King Institute of Preventive Medicine Micro-Biological Section reports 1909-11
Year: 1909
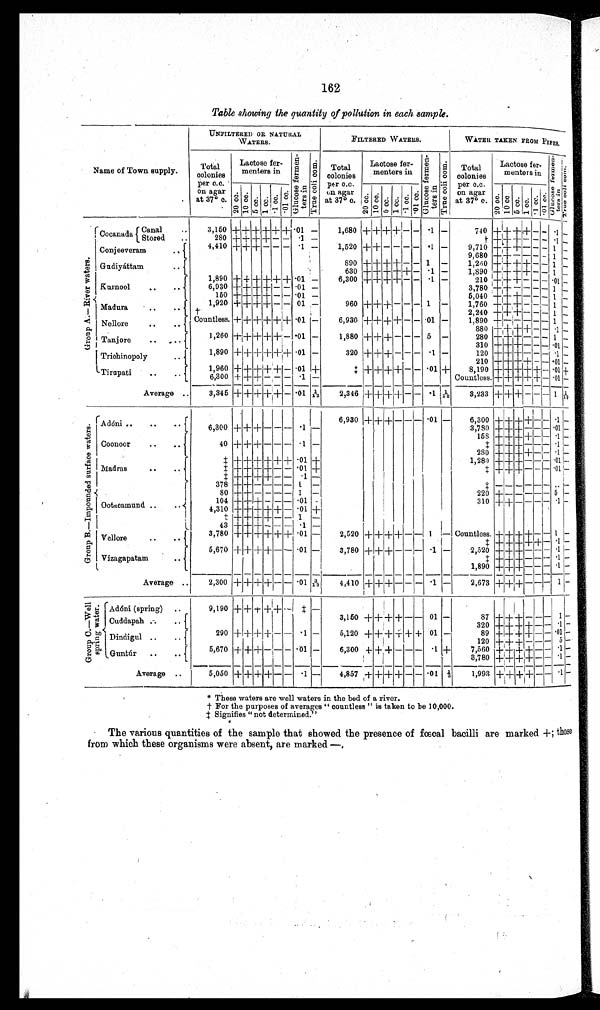
162
Table showing the quantity of pollution in each sample.
Name of Town supply.
UNFILTERED OR NATURAL
WATERS.
FILTERED WATERS.
WATER TAKEN FROM PIPES.
T o t a
l c o l o n i e s
p e r c.c.
on agar
at 37° c.
Lactose fer
menters in
Gl uc os e f e r me nt e r s i n
T r u e c o l i c o m .
Total
colonies
per C.C.
on agar
at 37° c.
Lactose fer
menters in
Gl uc os e f e r me nt e r s i n
T r u e c o l i c o m .
T o t a
l col oni es
per c.c.
on agar
at 37° c .
Lactose fer
menters in
G l u c o s e f e r m e n - t e r s i n
T r u e c o l i c o m .
2 0 c c .
1 0 c c .
5 c c .
1 c c .
· 1 c c .
·01 cc.
2 0 c c . 1 0 c c .
5 c c .
1 c c .
· 1 c c . · 0 1 c c .
2 0 c c .
1 0 c c .
5 c c .
1 c c .
· 1 c c .
· 0 1 c c .
G r o u p A — R i v e r w a t e r s .
Cocanada
Canal
..Stored
. .
3,150
+ + + + + + .01 -
1,680
+ +
++
+ - - ·1 —
740 + + + + - - · 1 —
280
+ + + + - -
· 1 -
t +
+
+ – – – ·1 –
1,520 + + - - - - ·1 -
4,410 + + + - - - .1 -
9 , 7 1 0 + + + - - - 1
–
Conjeeveram ..
9 , 6 8 0
+ + - - - - 1 -
Gudiyáttam
. .
890
+ +
+
+ - - 1 -
1,260 + + + + - - 1
–
630
+ + + + + + .1 -
1,890 + + + + - - 1 -
1,890 + + + + + + .01 -
6,300
+ + + + - - .1 -
210 + + + - - - .01 -
Kurnool
..
..
6,930 + + + + - - . 0 1 -
3,780
+ + - - - - 1
–
150 + + + + - -
· 0 1 -
5 , 0 4 0 + + + - - - 1 -
960 + + + - - - 1 -
1,760
+
±
+ - - - 1 -
1,920 + + + + - - 01 -
Madura
..
.. +
2,240
+ + + - - - 1
–
Countless. + + + + + + . 0 1 -
6,930
+ + + + - - . 0 1 -
1,890
+ - - - - - 1
–
Nellore
..
. .
8 8 0 + + + + -
- · 1 –
1,260 + + + + + - .01 -
1,880
+ + + - - - 5 -
280 + + + - - - 1
–
Tanjore
..
..
310
+ + +
- - - ·01 -
1,890
+ + + + + + . 0 1 -
320 + + + - - - .1 -
120 + + + - - - .1 -
Trichinopoly . .
210 + + + + - - .01–
1,960
+ + + + + - · 0 1 ±
‡. + +
++ + - - .01 + 8,190 + + + + + - .01+ +
Tirupati
..
. .
6,300
+ + + - - - ·1 -
Countless. + + + + + - .01-
3,233
+ + + - - - 1
1 / 1 9
Average ..
3,345
+ + +
+
+ - ·01 1 / 1 3
2,346 + + + + - - ·1 1 / 1 0
G r o u p B — I m p o u n d e d s u r f a c e w a t e r s .
Adóni ..
..
6,930
+ + + - - - .01 -
6,300 + + + + - - ·1 -
6,300 + + + - - - .1 -
3,780 + + + - - - · 0 1 -
Coonoor
..
..
158 + + + + - - .1-
40 + + + - - - .1 -
‡ + + + - - -+ ·1 -
280 + + + + - - · 1 -
1
‡ + + + + + + ·01 +
1,280 + + + - - - .01 -
M a d r a s
. .
. .
‡
+ + + + - - ·01 +
‡ + + + - - - ·01 –
‡
+ + + + - - .1 -
‡ - - - - - --.. –
Ootacamund ..
..
378
+ + - -
- - 1 -
80
+
+ - - - - 1 -
220
+ - - - - - 5 -
310 + + - - - - · 1 -
104 +
+
+ - - -- .01 –
4,310 + + + + + - .01 +I
I
–
–
‡ + + + + - - 1
-
–
43
+ + + - - - - .1 -
Vellore . .
. .
Countless + +
+
+ - - 1
3,780
+ + + + + + .01 -
2,520
+ + + + - - 1
‡ + + + + + - . 1 -
5,670
+ + + + - -
. 0 1 -
3,780
+ + + - - - ·1 -
2,520 + + + - - - · 1 -
Vizagapatam
. .
‡ + + + - - - - · 1 --
1,890
+ + + - - - · 1 -
2,673
+
+ + -
- - 1 -
Average ..
2,300
+ + + + - - ·01 3 / 1 3
4,410 + + + - - - .1 –
G r o u p C . — W e l l s p r i n g w a t e r .
Adóni (spring) ..
9,190 + + + +
+ -
‡ -
3,150 + + + + + + 01 -
87
+ + + - - - 1 -
Cuddapah ..
..
320
+ + + + - - .1 -
290 + + + + - - .1 -
5,120 + + + + + + 01 -
8 9 + + + + + - ·01 -
Dindigul ..
..
120 +
+ + - - - 5 –
5,670 + + + - - - ·01 -
6,300 + + + - - -
. 1 +
7,560 + + + + - - .1 -
Guntúr
.. ..
3 , 7 8 0
+ + + + - - · 1 -
+
Average ..
5,050 + + + + - - .1 - 4,857 + + + + –
- .01 1 / 3
1,993
+
+ + - -
· 1 -
*T
h e s e w a t e r s a r e w e l l w a t e r s i n t h e b e d o f a r i v e r .
† F o r t h e p u r p o s e s o f a v e r a g e s " c o u n t l e s s " i s t a k e n t o b e 1 0 , 0 0 0 .
‡ S i g n i f i e s " n o t d e t e r m i n e d . "
The various quantities of the sample that showed the presence of fœcal bacilli are marked +; those
from which these organisms were absent, are marked—.